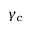
\gamma _ { c }